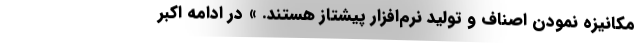
مکانیزه نمودن اصناف و تولید نرم‌افزار پیشتاز هستند. » در ادامه اکبر